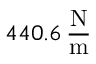
4 4 0 . 6 \, \frac { \mathrm { N } } { \mathrm { m } }